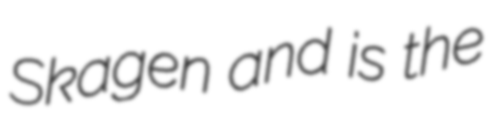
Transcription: Skagen and is the